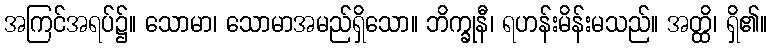
အကြင်အရပ်၌။ သောမာ၊ သောမာအမည်ရှိသော။ ဘိက္ခုနီ၊ ရဟန်းမိန်းမသည်။ အတ္ထိ၊ ရှိ၏။